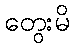
တွေးမိ